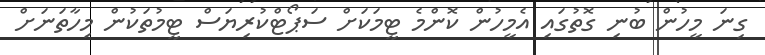
ގިނަ މީހުން ބުނި ގޮތުގައި އެމީހުން ކޮންމެ ޓީމަކަށް ސަޕޯޓްކުރިޔަސް ޓީމުތަކުން މިހާތަނަށް